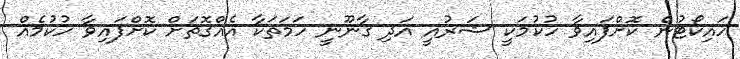
ހައިކޯޓުން ކޮށްފައިވާ ހުކުމަކީ ޝަރުއީ އަދި ގާނޫނީ ހަމަތަކާ އެއްގޮތަށް ކޮށްފައިވާ ހުކުމެއް